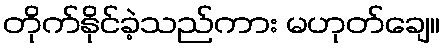
တိုက်နိုင်ခဲ့သည်ကား မဟုတ်ချေ။